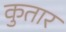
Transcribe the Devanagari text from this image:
कुतार